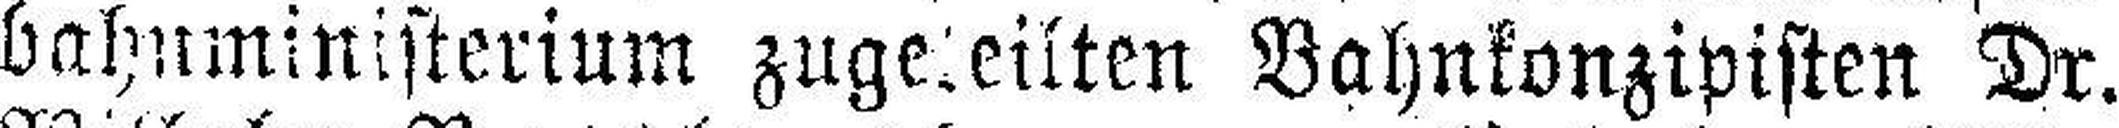
bahnministerium zugeleilten Bahnkonzipisten Dr.